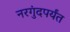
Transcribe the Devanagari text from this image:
नरगुंदपर्यंत